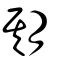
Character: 朞